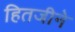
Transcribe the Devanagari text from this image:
हितजीने